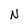
Character: N